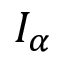
I _ { \alpha }